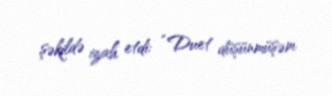
şəkildə izah etdi: “Duet düşünmüşəm.